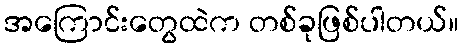
အကြောင်းတွေထဲက တစ်ခုဖြစ်ပါတယ်။